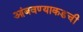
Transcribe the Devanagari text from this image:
आंबवण्याकडची